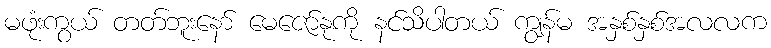
မဖုံးကွယ် တတ်ဘူးနော် မေဇော်နုကို နင်သိပါတယ် ကျွန်မ အနှစ်နှစ်အလလက